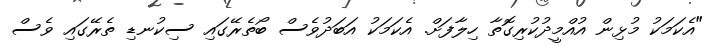
"އެކަމަކު މުޅިން އުއްމީދުކުރިގޮތާ ހިލާފަށް. އެކަމަކު އަބަދުވެސް ބޯތެރޭގައި ސިކުނޑި ތެރޭގައި ވެސް